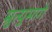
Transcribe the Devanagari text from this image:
म्रुत्युमागे